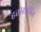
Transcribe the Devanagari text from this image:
हतोसाहित